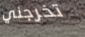
تخرجني